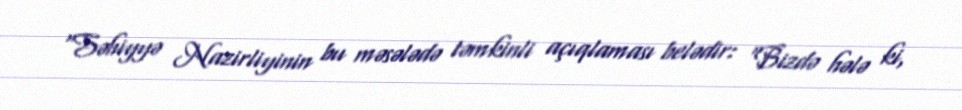
“Səhiyyə Nazirliyinin bu məsələdə təmkinli açıqlaması belədir: “Bizdə hələ ki,